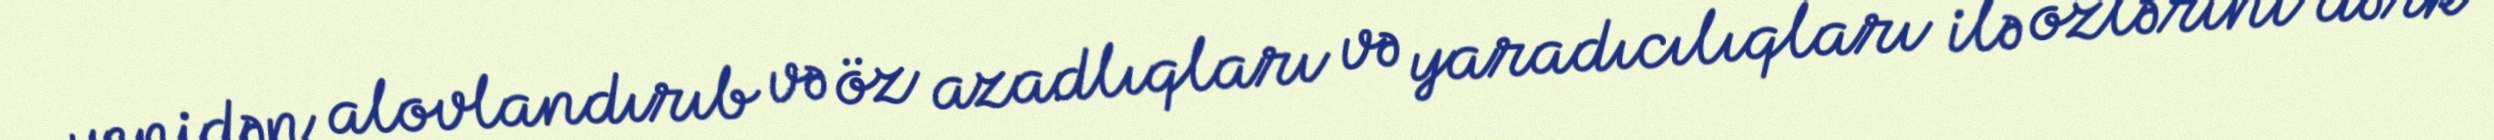
yenidən alovlandırıb və öz azadlıqları və yaradıcılıqları ilə özlərini dərk